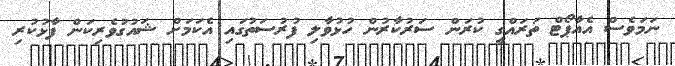
ނަމަވެސް އެއާޕޯޓް ތަރައްގީ ކުރަން ސަރުކާރުން ހުޅުވާލި ފުރުސަތުގައި އެކަމަށް ޝައުގުވެރިކަން ފާޅުކުރި